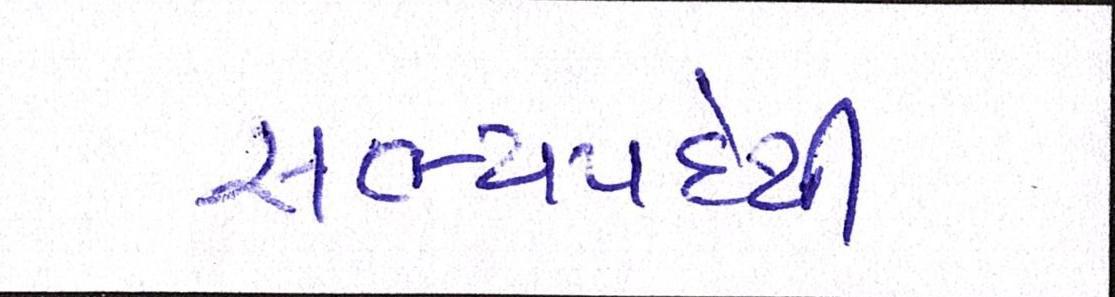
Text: સભ્યપદેથી